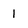
Character: 1